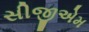
સીજીએમ